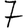
Digit: 7